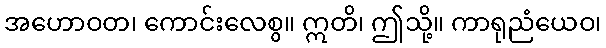
အဟောဝတ၊ ကောင်းလေစွ။ ဣတိ၊ ဤသို့။ ကာရုညံယေဝ၊